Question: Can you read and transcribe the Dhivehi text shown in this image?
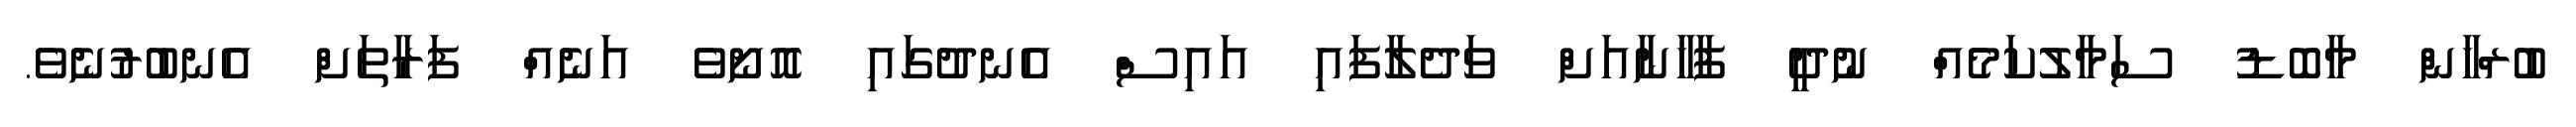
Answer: ބުރްހާން މާބޮޑު ސަމާލުކަމެއް ނުދީ ފާޚާނާއަށް ވަދެލާފައި އައިސް އެނދުގައި އޮށޯވެ އަނެއް ފަރާތަށް އެނބުރުނެވެ.